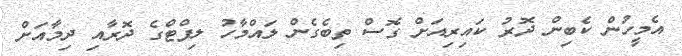
އެމީހުން ކެބިން ދޮރު ކައިރިއަށް ގޮސް ތިބެގެން ލައްމާހު ލިފްޓްގެ ދޮރާއި ދިމާއަށް